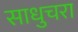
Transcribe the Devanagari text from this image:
साधुचरा